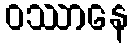
ဝဿာနေ